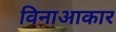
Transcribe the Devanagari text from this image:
विनाआकार